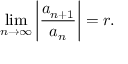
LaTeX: \operatorname* { l i m } _ { n \to \infty } \left| { \frac { a _ { n + 1 } } { a _ { n } } } \right| = r .